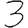
Digit: 3